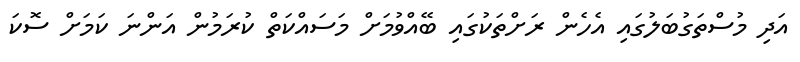
އަދި މުސްތަގުބަލުގައި އެހެން ރަށްތަކުގައި ބޭއްވުމަށް މަސައްކަތް ކުރަމުން އަންނަ ކަމަށް ސޮކަ